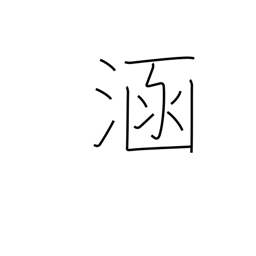
Meaning: immerse